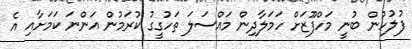
ފުލުހުން ބުނީ މަހްފޫޒަށް ހަމަލާދިން މައްސަލަ ތަހުގީގު ކުރަމުން އަންނަ ކަމަށާއި އެ